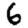
Digit: 6